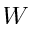
W